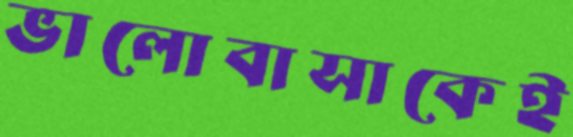
ভালোবাসাকেই